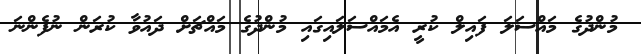
މުންދުގެ މައްސަލަ ފައިލް ކުރީ އެމައްސަލައިގައި މުންދުގެ މައްޗަށް ދައުވާ ކުރަން ނުފެންނަ